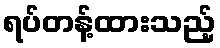
ရပ်တန့်ထားသည့်